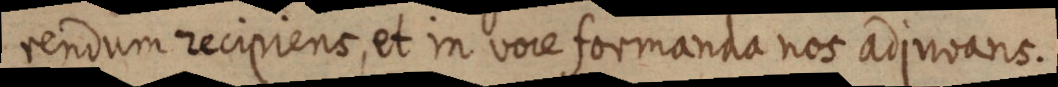
rendum recipiens, et in vore formanda nos adjuvans.